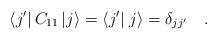
LaTeX: \begin{align*}\left< j'\right| C_{11}\left| j\right>=\left< j'\right| \left. j\right> =\delta_{jj'}\quad .\end{align*}